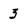
Character: 3